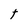
Character: t